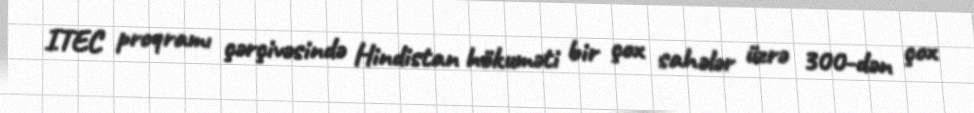
ITEC proqramı çərçivəsində Hindistan hökuməti bir çox sahələr üzrə 300-dən çox